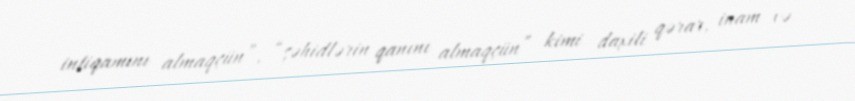
intiqamını almaqçün”, “şəhidlərin qanını almaqçün” kimi daxili qərar, inam və